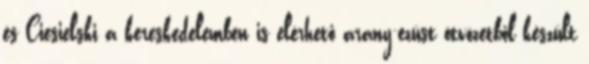
és Ciesielski a kereskedelemben is elérhető arany-ezüst ötvözetből készült